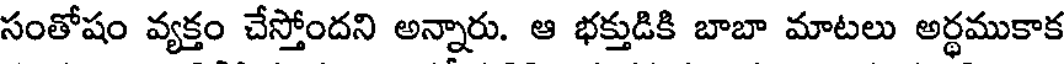
సంతోషం వ్యక్తం చేస్తోందని అన్నారు. ఆ భక్తుడికి బాబా మాటలు అర్థముకాక